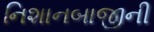
નિશાનબાજીની